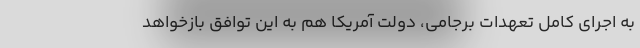
به اجرای کامل تعهدات برجامی، دولت آمریکا هم به این توافق بازخواهد